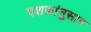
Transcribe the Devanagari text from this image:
दशकांनुसार